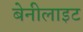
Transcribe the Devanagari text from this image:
बेनीलाइट